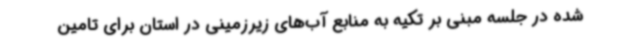
شده در جلسه مبنی بر تکیه به منابع آب‌های زیرزمینی در استان برای تامین